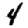
Digit: 4